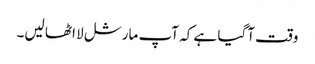
وقت آگیا ہے کہ آپ مارشل لا اٹھا لیں۔